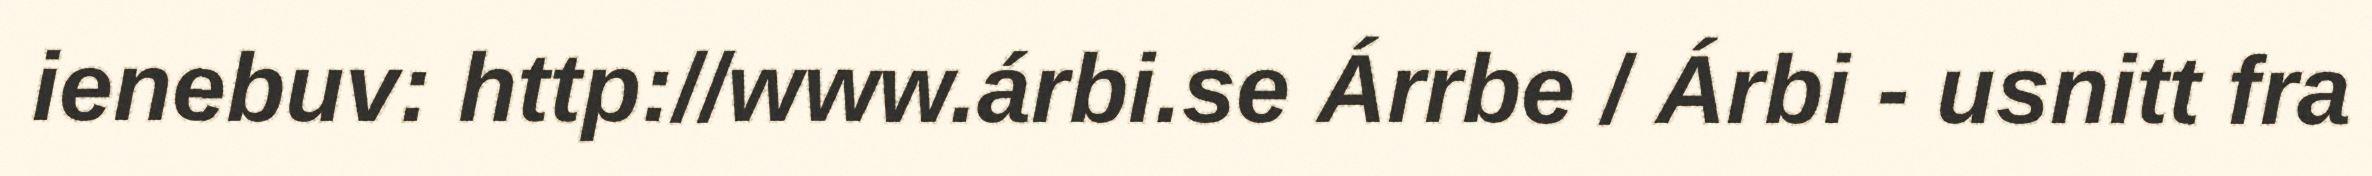
ienebuv: http://www.árbi.se Árrbe / Árbi - usnitt fra